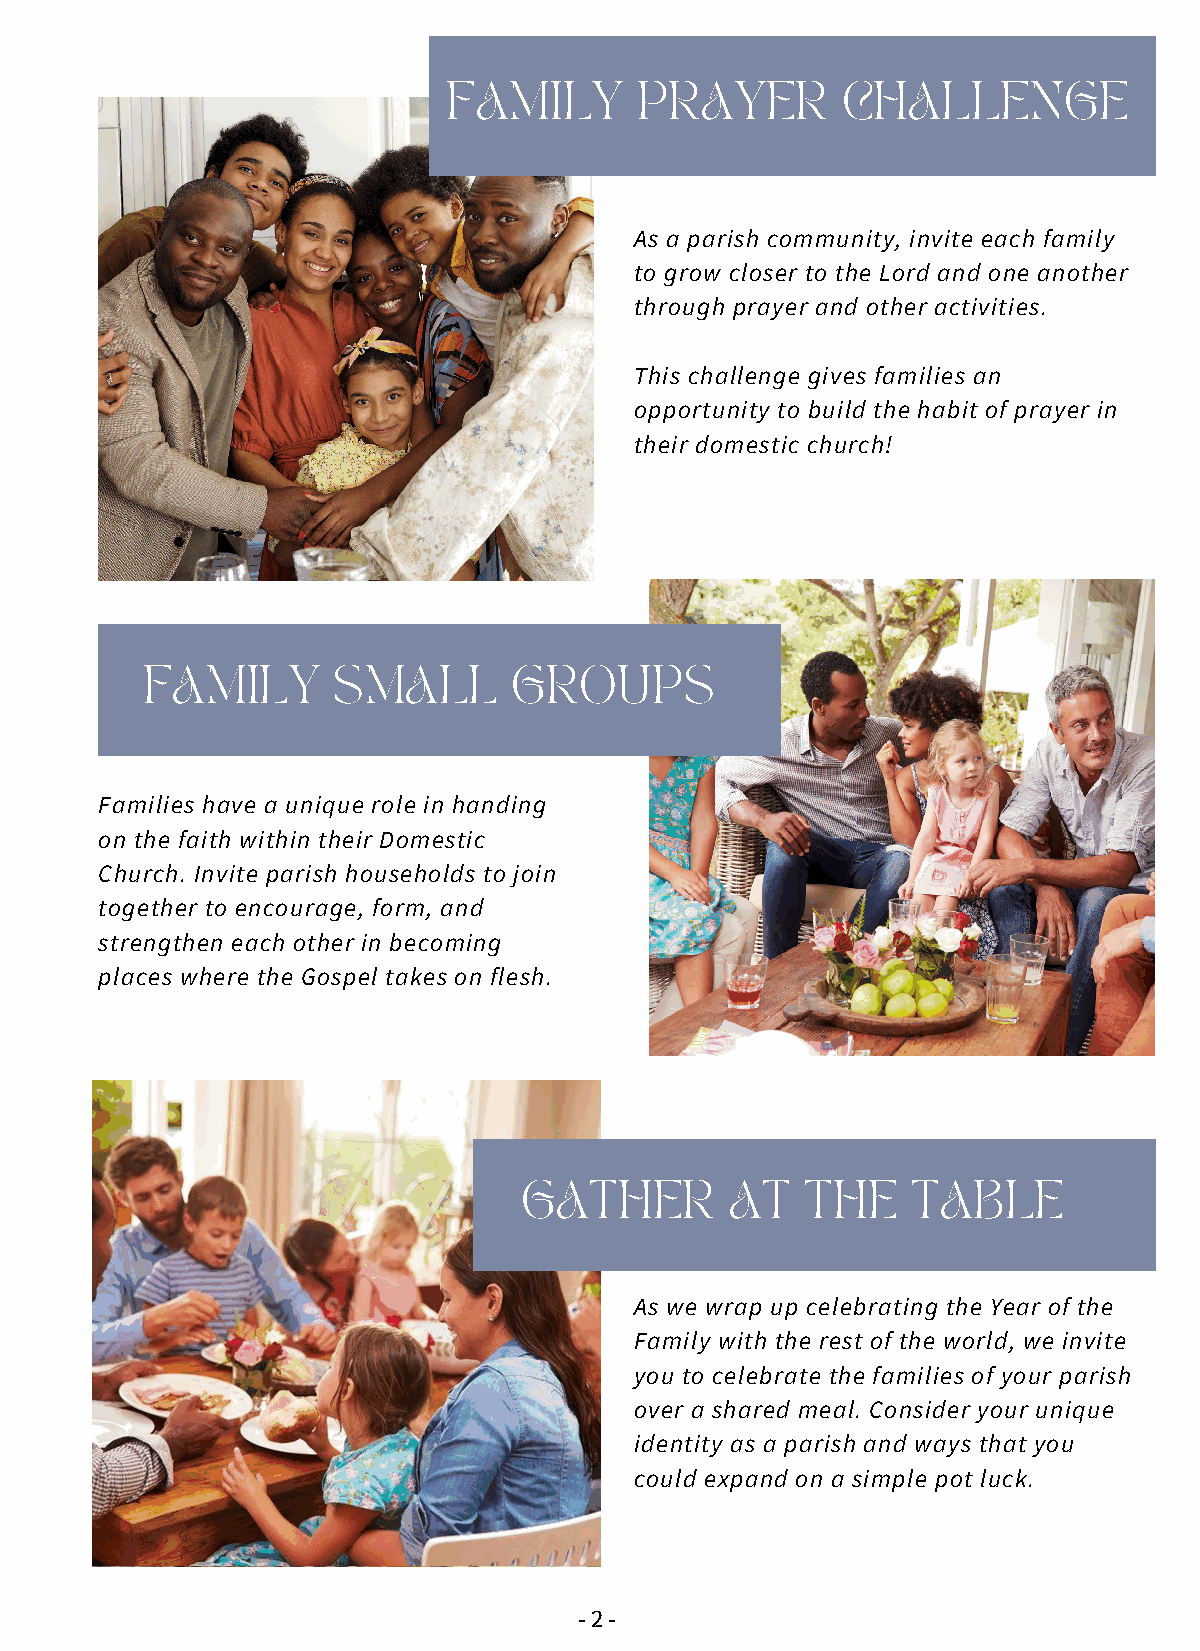
FAMILY      PRAYER        CHALLENGE
 As a parish community, invite each family
 to grow closer to the Lord and one another
 through prayer and other activities.
 This challenge gives families an
 opportunity to build the habit of prayer in
 their domestic church!
 FAMILY       SMALL       GROUPS
 Families have a unique role in handing
 on the faith within their Domestic
 Church. Invite parish households to join
 together to encourage, form, and
 strengthen each other in becoming
 places where the Gospel takes on flesh.
 GATHER        AT   THE    TABLE
 As we wrap up celebrating the Year of the
 Family with the rest of the world, we invite
 you to celebrate the families of your parish
 over a shared meal. Consider your unique
 identity as a parish and ways that you
 could expand on a simple pot luck.
 - 2 -